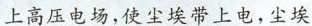
上高压电场，使尘埃带上电，尘埃